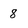
Character: 8